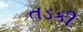
તડકી